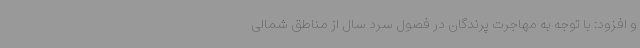
و افزود: با توجه به مهاجرت پرندگان در فصول سرد سال از مناطق شمالی